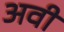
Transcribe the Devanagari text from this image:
अवी